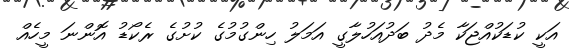
އަކީ ކުޑަކުއްޖަކާ މެދު ބަދުއަހުލާގީ އަމަލު ހިންގުމުގެ ކުށުގެ ރެކޯޑު އޮންނަ މީހެއް